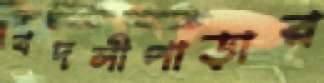
বদলীপাড়ার